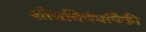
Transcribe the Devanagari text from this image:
शोधनिबंधांपैकी